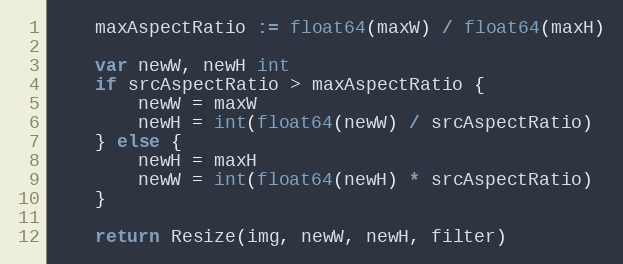
Language: Go
	maxAspectRatio := float64(maxW) / float64(maxH)

	var newW, newH int
	if srcAspectRatio > maxAspectRatio {
		newW = maxW
		newH = int(float64(newW) / srcAspectRatio)
	} else {
		newH = maxH
		newW = int(float64(newH) * srcAspectRatio)
	}

	return Resize(img, newW, newH, filter)